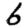
Digit: 6